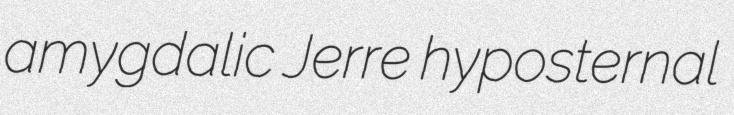
amygdalic Jerre hyposternal